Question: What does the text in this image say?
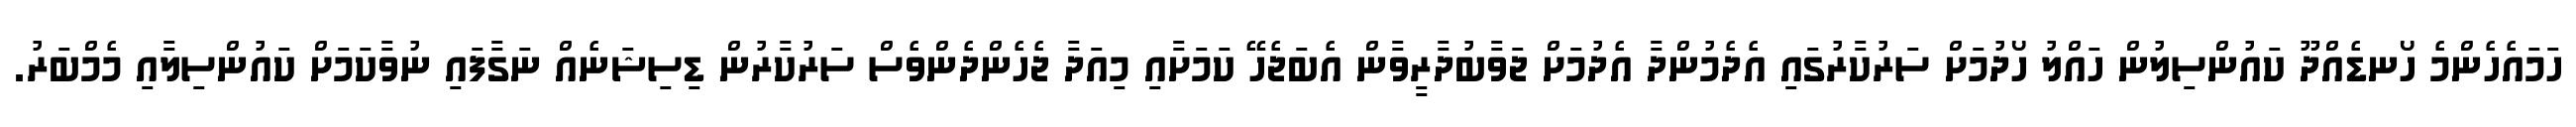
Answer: ހަމައެހެންމެ ހޯނޑެއްދޫ ކައުންސިލުން ހައްލު ހޯދުމަށް ސަރުކާރުގައި އެދެމުންދާ އެދުމަށް ޖަވާބުދާރީވާން އެބަޖެހޭ ކަމަށާއި މިއަދާ ޖެހެންދެންވެސް ސަރުކާރުން ޑިސިޝަނެއް ނަގާފައި ނުވާކަމަށް ކައުންސިލާއި މެމްބަރު.